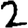
Digit: 2